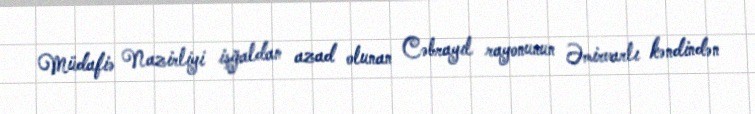
Müdafiə Nazirliyi işğaldan azad olunan Cəbrayıl rayonunun Əmirvarlı kəndindən